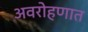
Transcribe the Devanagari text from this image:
अवरोहणात